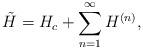
LaTeX: \begin{align*}\tilde{H}=H_c+\sum_{n=1}^\infty H^{( n)},\end{align*}